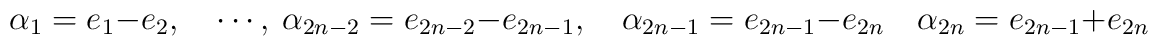
\alpha_1=e_1-e_2,\quad \cdots,\     \alpha_{2n-2}=e_{2n-2}-e_{2n-1},\quad    \alpha_{2n-1}=e_{2n-1}-e_{2n}     \quad \alpha_{2n}=e_{2n-1}+e_{2n}